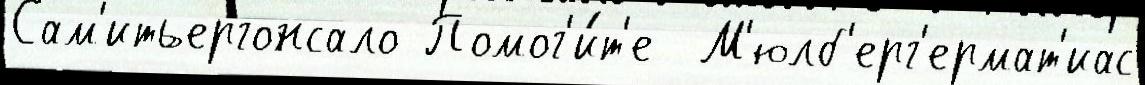
Сам'итьергонсало Помог'и́т'е  М'юлб'ерг'ермат'иас